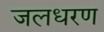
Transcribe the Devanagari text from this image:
जलधरण